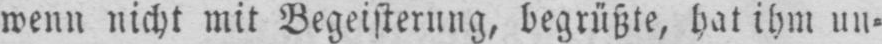
wenn nicht mit Begeisterung, begrüßte, hat ihm un⸗